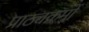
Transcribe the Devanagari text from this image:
प्राठ्यक्रमों